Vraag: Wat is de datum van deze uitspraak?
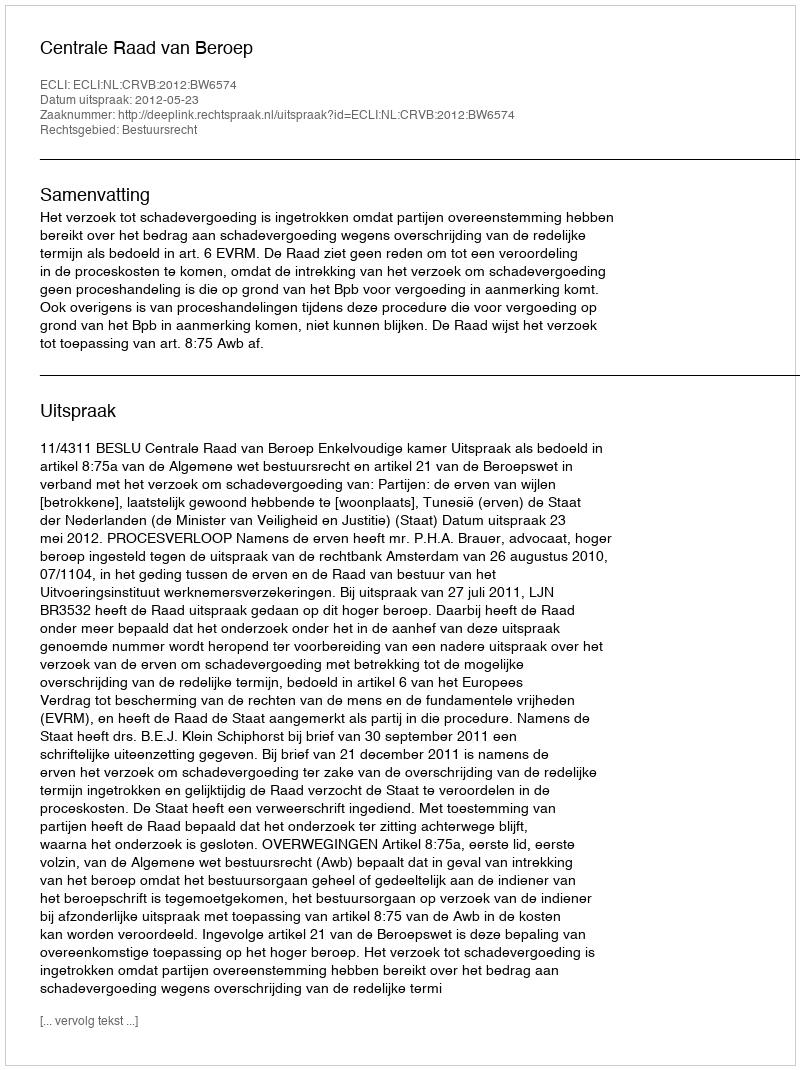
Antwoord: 2012-05-23